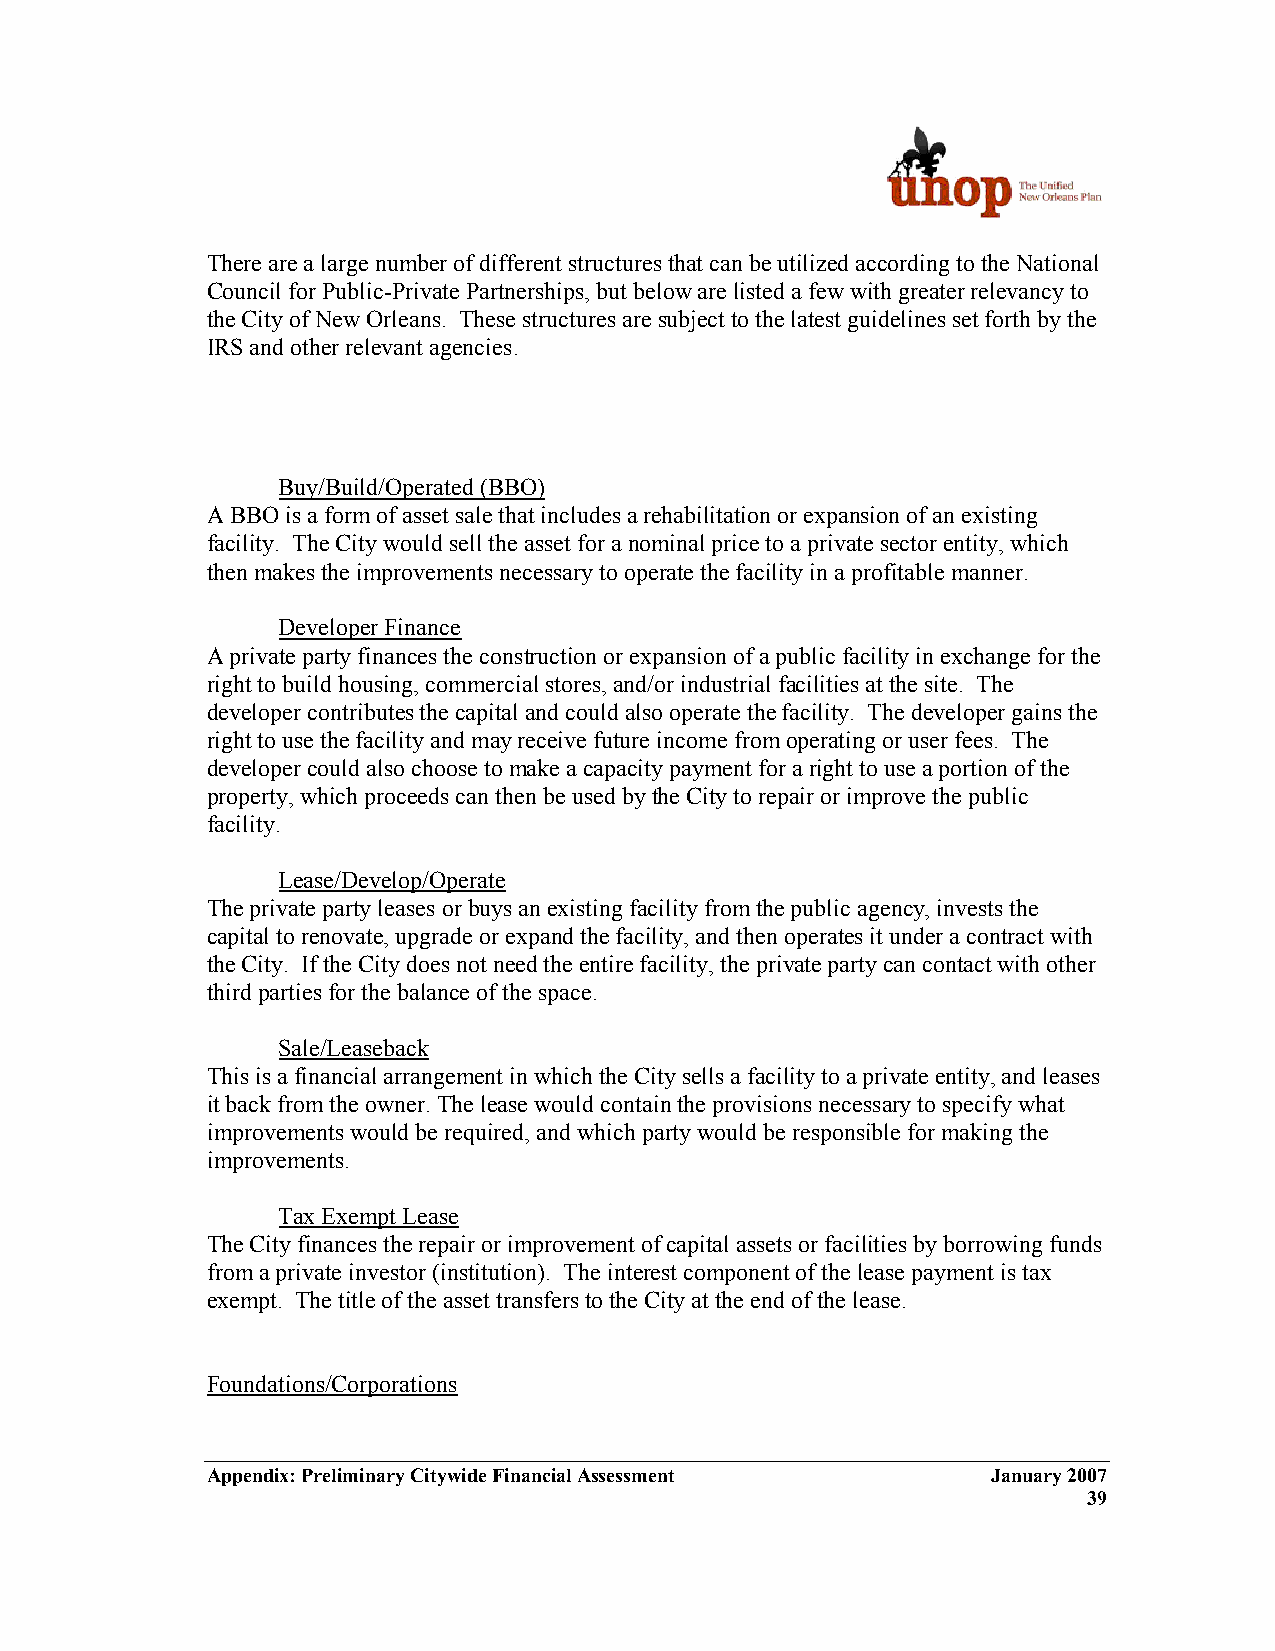
There are a large number of different structures that can be utilized according to the National
 Council for Public-Private Partnerships, but below are listed a few with greater relevancy to
 the City of New Orleans. These structures are subject to the latest guidelines set forth by the
 IRS and other relevant agencies.
 Buy/Build/Operated (BBO)
 A BBO is a form of asset sale that includes a rehabilitation or expansion of an existing
 facility. The City would sell the asset for a nominal price to a private sector entity, which
 then makes the improvements necessary to operate the facility in a profitable manner.
 Developer Finance
 A private party finances the construction or expansion of a public facility in exchange for the
 right to build housing, commercial stores, and/or industrial facilities at the site. The
 developer contributes the capital and could also operate the facility. The developer gains the
 right to use the facility and may receive future income from operating or user fees. The
 developer could also choose to make a capacity payment for a right to use a portion of the
 property, which proceeds can then be used by the City to repair or improve the public
 facility.
 Lease/Develop/Operate
 The private party leases or buys an existing facility from the public agency, invests the
 capital to renovate, upgrade or expand the facility, and then operates it under a contract with
 the City. If the City does not need the entire facility, the private party can contact with other
 third parties for the balance of the space.
 Sale/Leaseback
 This is a financial arrangement in which the City sells a facility to a private entity, and leases
 it back from the owner. The lease would contain the provisions necessary to specify what
 improvements would be required, and which party would be responsible for making the
 improvements.
 Tax Exempt Lease
 The City finances the repair or improvement of capital assets or facilities by borrowing funds
 from a private investor (institution). The interest component of the lease payment is tax
 exempt. The title of the asset transfers to the City at the end of the lease.
 Foundations/Corporations
 Appendix: Preliminary Citywide Financial Assessment January 2007
 39